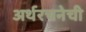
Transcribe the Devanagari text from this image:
अर्थरचनेची